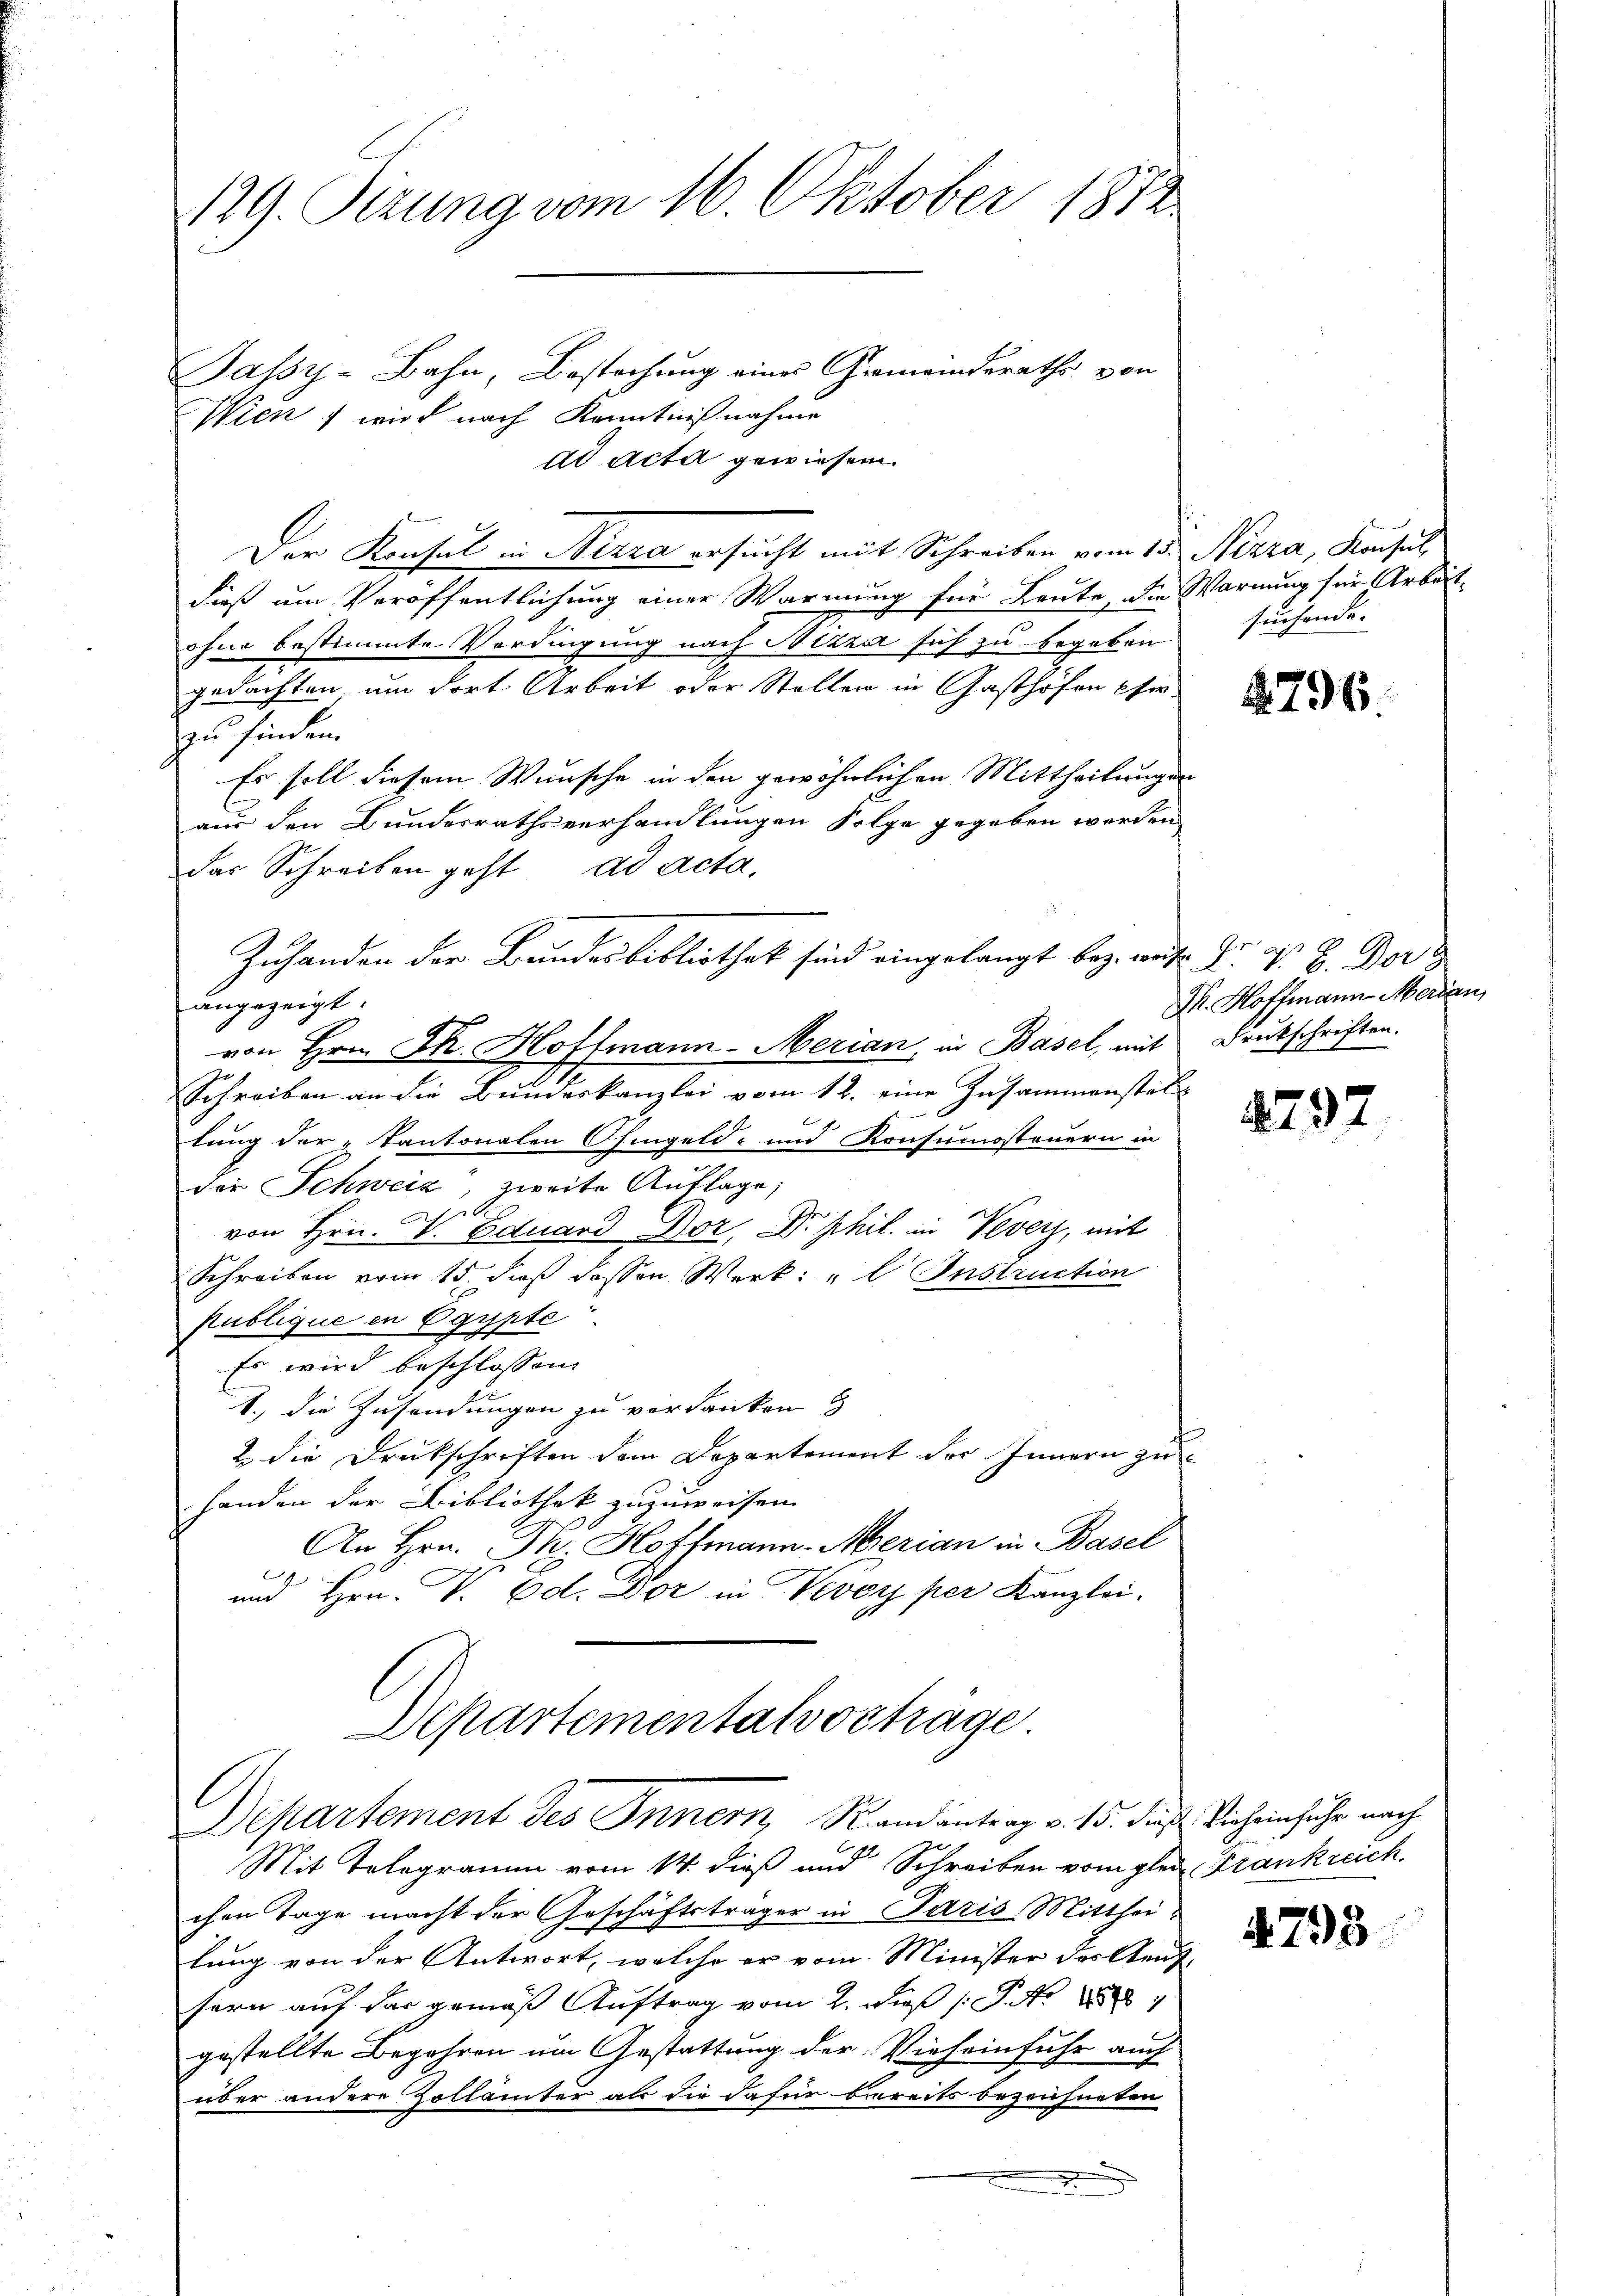
129. Sizung vom 16. Oktober 1872

Jassy-Bahn, Bestechung eines Gemeinderaths von
Wien) wird nach Kenntnißnahme
dd Acta gewiesen.
Der Konsul in Birra ersucht mit Schreiben vom 15. Nizza, Konsul
dieß um Veröffentlichung einer Warnung für Leute, die Warnung für Arbeit
ohne bestimmte Verdingung nach Nizza sich zu begeben
gedachten um dort Arbeit oder Stellen in Gasthofen Ehe-
zu finden.
Es soll diesem Wunsche in den gewöhnlichen Mittheilungen
aus den Bundesrathsverhandlungen Folge gegeben werden
das Schreiben geht ad acta,
Zuhanden der Bundesbibliothek sind eingelangt bez. auf Fr. V. B. Der
angezeigt.
von Hrn. Dr. Hottmann-Merian, in Basel, mit
Schreiben an die Bundeskanzlei vom 12. eine Zusammenstell
lung der Kantonalen Ohingeld- und Konsumosteuern in
die Schweiz, zweite Auflage;
Af
von Hrn. V. Eduard Dor, Dr. phil. in Vevey, mit
Schreiben vom 15. daß dessen Werk: "l Instruction
publique in Egypte
Es wird beschlossen:
1.) Die Zusendungen zu verdanken
u die Drukschriften dem Departement der Innern zu
handen der Bibliothek zuzuweisen.
An Hrn. Th. Hoffmann-Merian in Basel
und Hrn. V. Ed. Dor in Vevey per Kanzlei-
Departementalvochäge

.

l
Departement des Innern, Randantrag v. 15. dies Vieheinfuhr nach

Mit Telegramm vom 14. dieß und Schreiben vom glei Frankreich
chen Tage macht der Geschäftsträger in Paris Mitthei-
lung von der Antwort, welche er vom Minister des Aaufsern auf das gemäß Auftrag vom 2. dieß P. Nr. 2
gestellte Begehren um Gestattung der Vieheinfuhr auch
über andere Zollämter als die dafür bereits bezeichneten
e

suchende.

2796.

J. Hoffmann Merden,
Drukschriften.

1792

4793